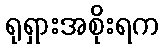
ရုရှားအစိုးရက